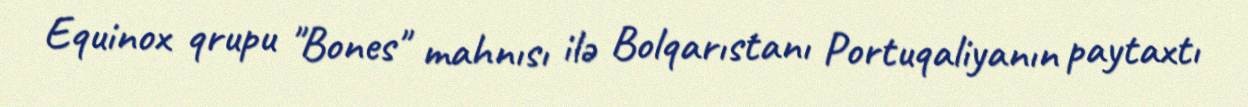
Equinox qrupu "Bones" mahnısı ilə Bolqarıstanı Portuqaliyanın paytaxtı